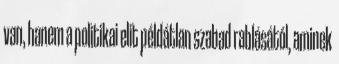
van, hanem a politikai elit példátlan szabad rablásától, aminek